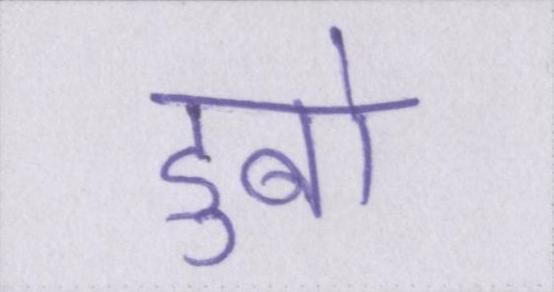
डुबो